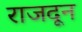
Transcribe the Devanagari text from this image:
राजदून